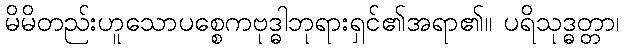
မိမိတည်းဟူသောပစ္စေကဗုဒ္ဓါဘုရားရှင်၏အရာ၏။ ပရိသုဒ္ဓတ္တာ၊